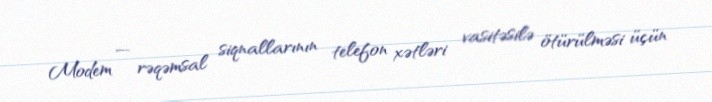
Modem — rəqəmsal siqnallarının telefon xətləri vasitəsilə ötürülməsi üçün